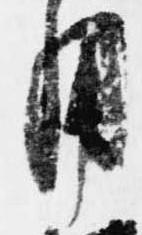
用